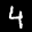
Label: 4